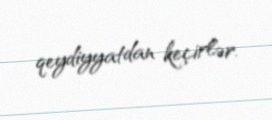
qeydiyyatdan keçirlər.